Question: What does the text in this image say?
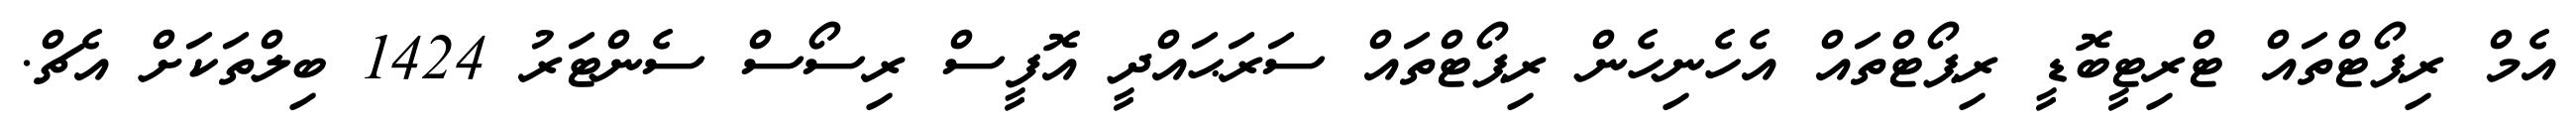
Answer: އެމް ރިޕޯޓްތައް ޓްރިޓީބޮޑީ ރިޕޯޓްތައް އެހެނިހެން ރިޕޯޓްތައް ސަރަޙައްދީ އޮފީސް ރިސޯސް ސެންޓަރު 1424 ބިލްތަކަށް އެޗް.